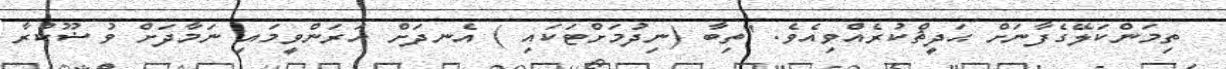
ތިމަންކަލޭގެފާނަށް ޙަދީޘްކުރެއްވިއެވެ. ''ތިބާ (ނިދުމަށްޓަކައި ) އެނދަށް އަރަންވީމައި ނަމާދަށް ވުޟޫކުރާ